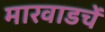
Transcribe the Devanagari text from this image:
मारवाडचें